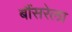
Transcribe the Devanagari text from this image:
बौंसरेला